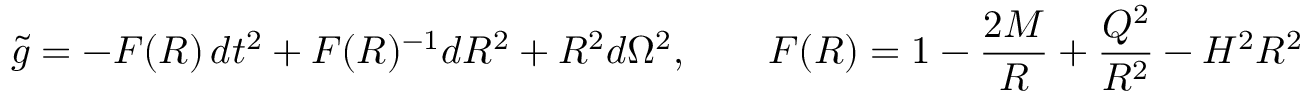
\tilde { g } = - { \cal F } ( R ) \, d t ^ { 2 } + { \cal F } ( R ) ^ { - 1 } d R ^ { 2 } + R ^ { 2 } d \Omega ^ { 2 } , \qquad { \cal F } ( R ) = 1 - \frac { 2 M } { R } + \frac { Q ^ { 2 } } { R ^ { 2 } } - H ^ { 2 } R ^ { 2 }